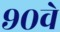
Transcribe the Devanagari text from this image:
९०वे